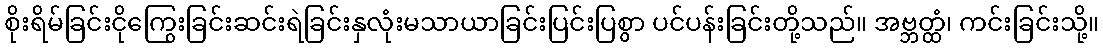
စိုးရိမ်ခြင်းငိုကြွေးခြင်းဆင်းရဲခြင်းနှလုံးမသာယာခြင်းပြင်းပြစွာ ပင်ပန်းခြင်းတို့သည်။ အဗ္ဘတ္ထံ၊ ကင်းခြင်းသို့။